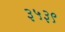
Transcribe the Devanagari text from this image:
३५३९